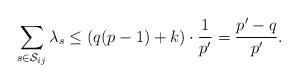
LaTeX: \begin{align*}\sum_{s \in \mathcal{S}_{ij}} \lambda_s \leq (q (p-1) + k)\cdot \frac{1}{p'} = \frac{p'- q}{p'}.\end{align*}